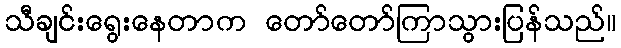
သီချင်းရွေးနေတာက တော်တော်ကြာသွားပြန်သည်။